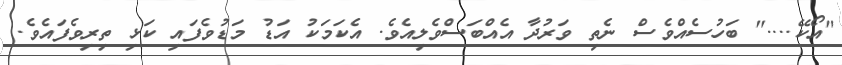
"އޯކޭ...." ބަހުސެއްވެސް ނެތި ވަރުދާ އެއްބަސްވެލިއެވެ. އެކަމަކު އަޑު މަޑުވެފައި ކަޅި ތިރިވެފައެވެ.